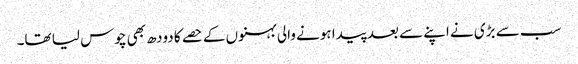
سب سے بڑی نے اپنے سے بعد پیدا ہونے والی بہنوں کے حصے کا دودھ بھی چوس لیا تھا۔